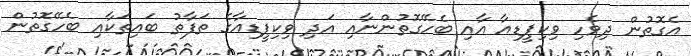
އެގޮތުން ދިވެހި ވިކިޕީޑިއާ އާއި ބެހޭގޮތުންނާއި އަދި ވިކިޕީޑިއާގެ ތަފާތު ބައިތަކާއި ބެހޭގޮތުން